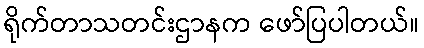
ရိုက်တာသတင်းဌာနက ဖော်ပြပါတယ်။